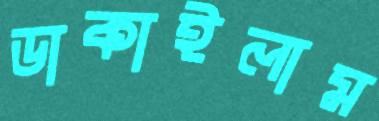
ডাকাইলাম